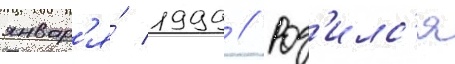
январ'я́ 1999 // Род'илс'я